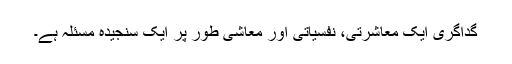
گداگری ایک معاشرتی، نفسیاتی اور معاشی طور پر ایک سنجیدہ مسئلہ ہے۔